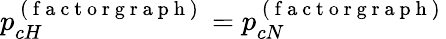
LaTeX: p_{cH}^{\mathrm{~(~f~a~c~t~o~r~g~r~a~p~h~)~}}=p_{cN}^{\mathrm{~(~f~a~c~t~o~r~g~r~a~p~h~)~}}